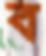
ব